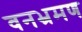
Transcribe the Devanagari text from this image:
वनभ्रमण